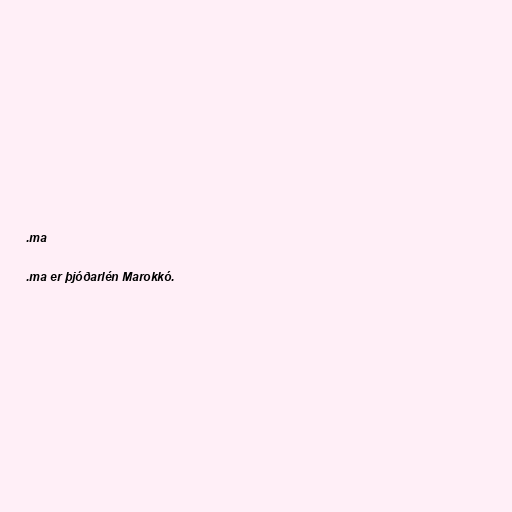
.ma

.ma er þjóðarlén Marokkó.